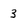
Character: 3